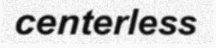
centerless